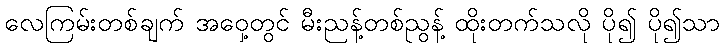
လေကြမ်းတစ်ချက် အဝှေ့တွင် မီးညန့်တစ်ညွန့် ထိုးတက်သလို ပို၍ ပို၍သာ